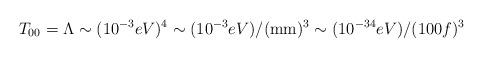
LaTeX: \begin{align*}T_{00} = \Lambda \sim (10^{-3} eV)^4 \sim (10^{-3} eV)/ ({\rm mm})^{3} \sim (10^{-34} eV)/(100f)^3\end{align*}